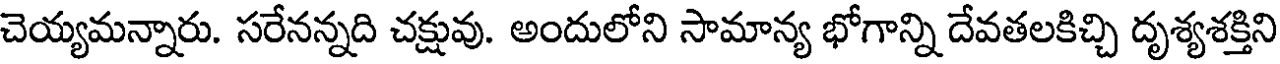
చెయ్యమన్నారు. సరేనన్నది చక్షువు. అందులోని సామాన్య భోగాన్ని దేవతలకిచ్చి దృశ్యశక్తిని